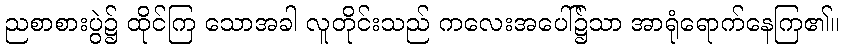
ညစာစားပွဲ၌ ထိုင်ကြ သောအခါ လူတိုင်းသည် ကလေးအပေါ်၌သာ အာရုံရောက်နေကြ၏။